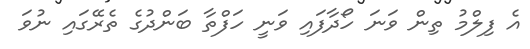
އެ ފިލްމު ތިން ވަނަ ހޯދާފައި ވަނީ ހަފްތާ ބަންދުގެ ތެރޭގައި ނުވަ